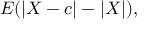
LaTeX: E ( | X - c | - | X | ) ,